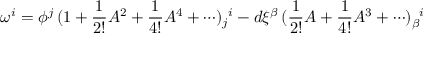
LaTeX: \omega ^ { i } = \phi ^ { j } \, ( \mathrm { 1 } + \frac { 1 } { 2 ! } A ^ { 2 } + \frac { 1 } { 4 ! } A ^ { 4 } + \cdots ) _ { j } ^ { \, \, \, i } - d \xi ^ { \beta } \, ( \frac { 1 } { 2 ! } A + \frac { 1 } { 4 ! } A ^ { 3 } + \cdots ) _ { \beta } ^ { \, \, \, \, i }